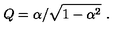
Q = \alpha / \sqrt { 1 - \alpha ^ { 2 } } \ .